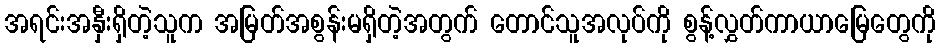
အရင်းအနှီးရှိတဲ့သူက အမြတ်အစွန်းမရှိတဲ့အတွက် တောင်သူအလုပ်ကို စွန့်လွှတ်ကာယာမြေတွေကို